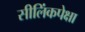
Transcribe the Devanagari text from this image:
सीलिंकपेक्षा